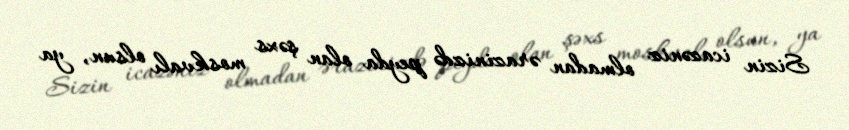
Sizin icazəniz olmadan ərazinizdə peyda olan şəxs moskvalı olsun, ya